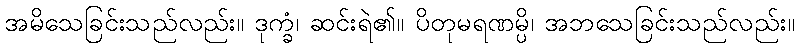
အမိသေခြင်းသည်လည်း။ ဒုက္ခံ၊ ဆင်းရဲ၏။ ပိတုမရဏမ္ပိ၊ အဘသေခြင်းသည်လည်း။